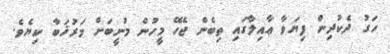
ހަގު ދެކުދިން ފިޔަވާ ޢާއިލާގައި ތިބެން ޖެހޭ މީހުން މުނީބަށް މަރުޚަބާ ކިޔެވެ.